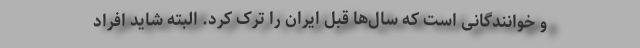
و خوانندگانی است که سال‌ها قبل ایران را ترک کرد. البته شاید افراد